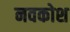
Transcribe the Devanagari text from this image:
नवकोश